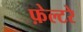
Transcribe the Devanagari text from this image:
फ़ेल्टरे